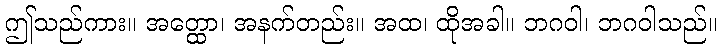
ဤသည်ကား။ အတ္ထော၊ အနက်တည်း။ အထ၊ ထိုအခါ။ ဘဂဝါ၊ ဘဂဝါသည်။